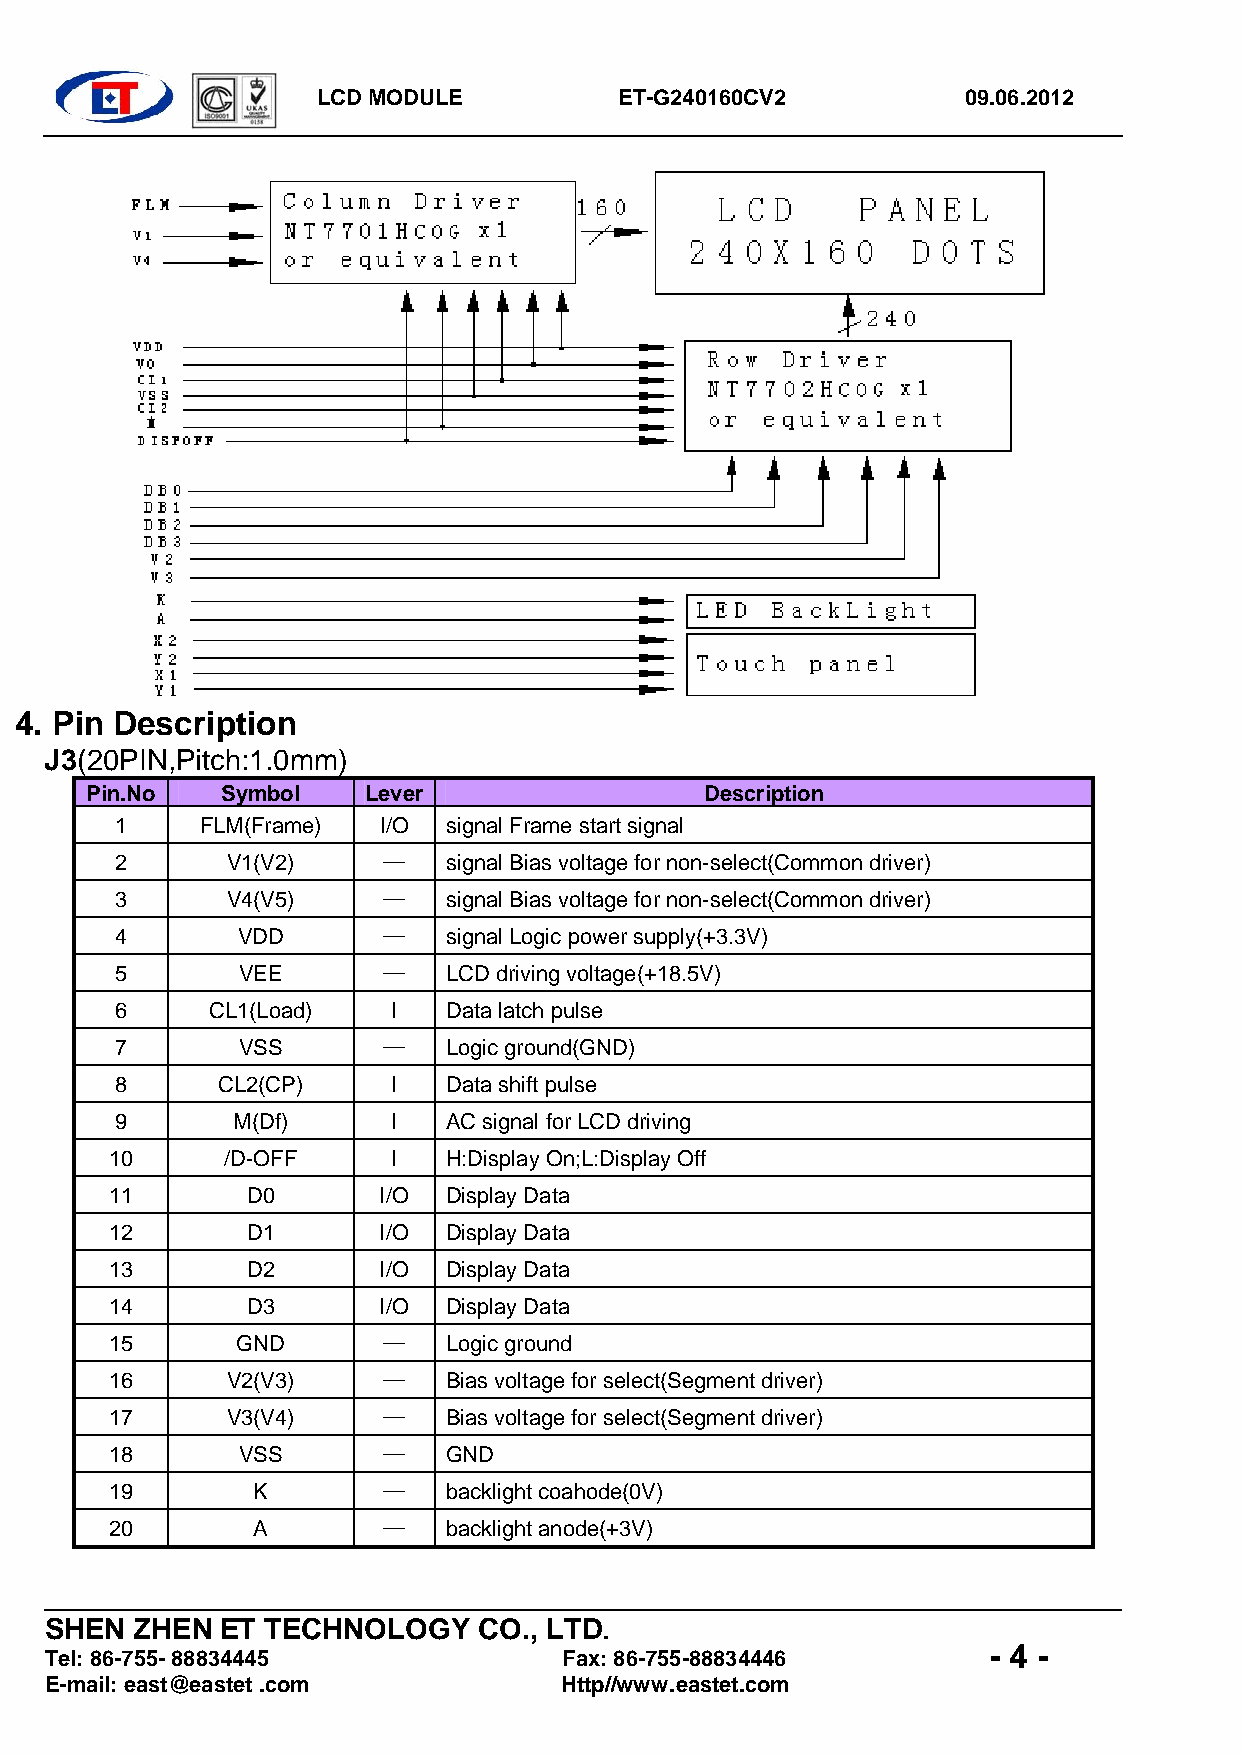
LCD MODULE          ET-G240160CV2          09.06.2012
 4. Pin Description
 J3(20PIN,Pitch:1.0mm)
 Pin.No   Symbol   Lever                  Description
 1    FLM(Frame)  I/O  signal Frame start signal
 2      V1(V2)    —   signal Bias voltage for non-select(Common driver)
 3      V4(V5)    —   signal Bias voltage for non-select(Common driver)
 4       VDD      —   signal Logic power supply(+3.3V)
 5       VEE      —   LCD driving voltage(+18.5V)
 6     CL1(Load)   I   Data latch pulse
 7       VSS      —   Logic ground(GND)
 8     CL2(CP)     I   Data shift pulse
 9      M(Df)      I  AC signal for LCD driving
 10      /D-OFF     I   H:Display On;L:Display Off
 11       D0       I/O Display Data
 12       D1       I/O Display Data
 13       D2       I/O Display Data
 14       D3       I/O Display Data
 15       GND      —   Logic ground
 16      V2(V3)    —   Bias voltage for select(Segment driver)
 17      V3(V4)    —   Bias voltage for select(Segment driver)
 18       VSS      —   GND
 19        K       —   backlight coahode(0V)
 20        A       —   backlight anode(+3V)
 
 SHEN  ZHEN  ET TECHNOLOGY    CO., LTD.
 - 4 -
 Tel: 86-755- 88834445             Fax: 86-755-88834446
 E-mail: east@eastet .com          Http//www.eastet.com